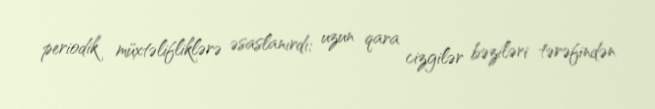
periodik müxtəlifliklərə əsaslanırdı; uzun qara cizgilər bəziləri tərəfindən